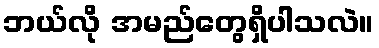
ဘယ်လို အမည်တွေရှိပါသလဲ။